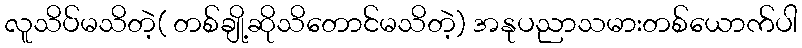
လူသိပ်မသိတဲ့( တစ်ချို့ဆိုသိတောင်မသိတဲ့) အနုပညာသမားတစ်ယောက်ပါ